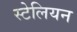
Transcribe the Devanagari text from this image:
स्टेलियन